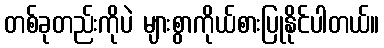
တစ်ခုတည်းကိုပဲ များစွာကိုယ်စားပြုနိုင်ပါတယ်။